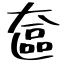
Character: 奩